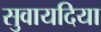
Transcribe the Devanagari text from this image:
सुवायदिया